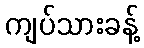
ကျပ်သားခန့်